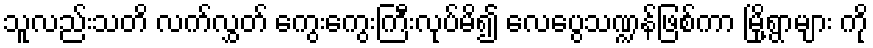
သူလည်းသတိ လက်လွှတ် ကွေးကွေးကြီးလုပ်မိ၍ လေပွေသဏ္ဍန်ဖြစ်ကာ မြို့ရွာများ ကို